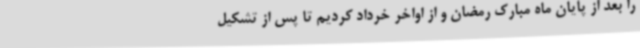
را بعد از پایان ماه مبارک رمضان و از اواخر خرداد کردیم تا پس از تشکیل